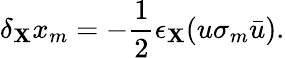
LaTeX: \delta_{\mathbf{X}}x_{m}=-\frac{1}{2}\epsilon_{\mathbf{X}}(u\sigma_{m}\bar{{u}}).